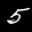
Label: 5